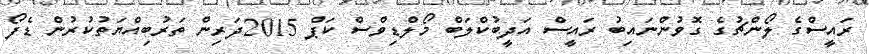
ރައީސްގެ ލޯންޗުގެ ގޮވުންނައިބު ރައީސް އަދީބުކްލަބް މޯލްޑިވްސް ކަޕް 2015ދަރިން ތަރުބިއްޔަތުކުރުން ޑެފޯ